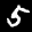
Label: 5